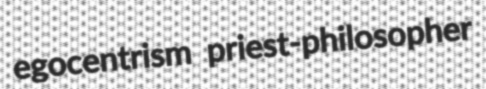
egocentrism priest-philosopher